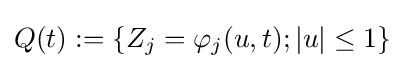
Q(t):=\{Z_{j}=\varphi _{j}(u,t);|u|\leq 1\}